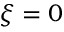
\xi = 0